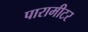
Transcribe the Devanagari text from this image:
पारामीटर